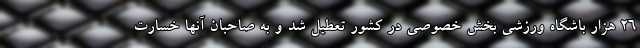
۲۶ هزار باشگاه ورزشی بخش خصوصی در کشور تعطیل شد و به صاحبان آنها خسارت